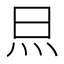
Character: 𭴋